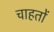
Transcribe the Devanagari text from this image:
चाहतों